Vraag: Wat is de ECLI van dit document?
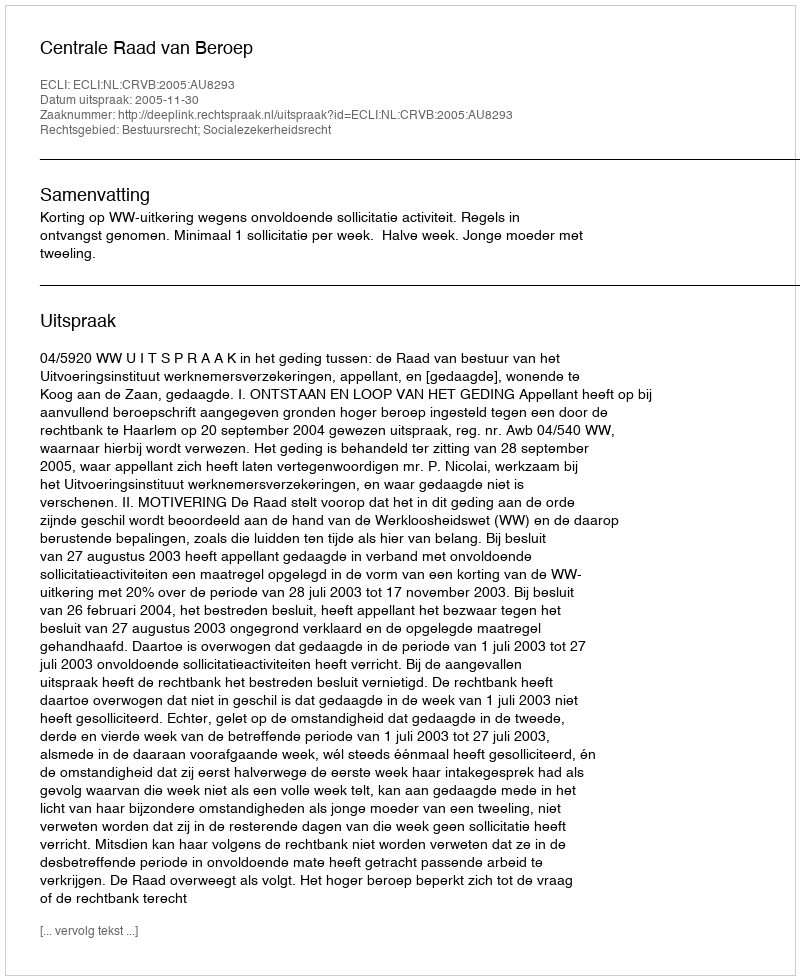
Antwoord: ECLI:NL:CRVB:2005:AU8293